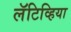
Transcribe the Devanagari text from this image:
लॅटिव्हिया